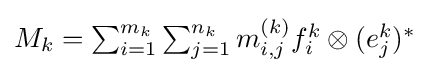
{\textstyle M_{k}=\sum _{i=1}^{m_{k}}\sum _{j=1}^{n_{k}}m_{i,j}^{(k)}f_{i}^{k}\otimes (e_{j}^{k})^{*}}